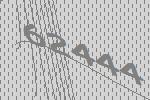
62444